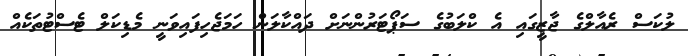
ލުކަސް ރެއާލްގެ ޖާޒީގައި އެ ކްލަބުގެ ސަޕޯޓަރުންނަށް ދައްކާލަން ހަމަޖެހިފައިވަނީ މެޑިކަލް ޓެސްޓުތަކެއް